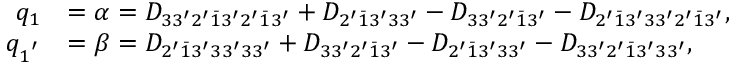
\begin{array} { r l } { q _ { 1 } } & { = \alpha = { D _ { 3 3 ^ { \prime } 2 ^ { \prime } \bar { 1 } 3 ^ { \prime } 2 ^ { \prime } \bar { 1 } 3 ^ { \prime } } } + { D _ { 2 ^ { \prime } \bar { 1 } 3 ^ { \prime } 3 3 ^ { \prime } } } - { D _ { 3 3 ^ { \prime } 2 ^ { \prime } \bar { 1 } 3 ^ { \prime } } } - { D _ { 2 ^ { \prime } \bar { 1 } 3 ^ { \prime } 3 3 ^ { \prime } 2 ^ { \prime } \bar { 1 } 3 ^ { \prime } } } , } \\ { q _ { 1 ^ { ' } } } & { = \beta = { D _ { 2 ^ { \prime } \bar { 1 } 3 ^ { \prime } 3 3 ^ { \prime } 3 3 ^ { \prime } } } + { D _ { 3 3 ^ { \prime } 2 ^ { \prime } \bar { 1 } 3 ^ { \prime } } } - { D _ { 2 ^ { \prime } \bar { 1 } 3 ^ { \prime } 3 3 ^ { \prime } } } - { D _ { 3 3 ^ { \prime } 2 ^ { \prime } \bar { 1 } 3 ^ { \prime } 3 3 ^ { \prime } } } , } \end{array}